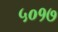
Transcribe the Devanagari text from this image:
५०१७